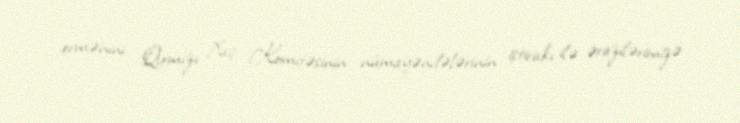
ermənini Qırmızı Xaç Komitəsinin nümayəndələrinin iştirakı ilə ərazilərimizə